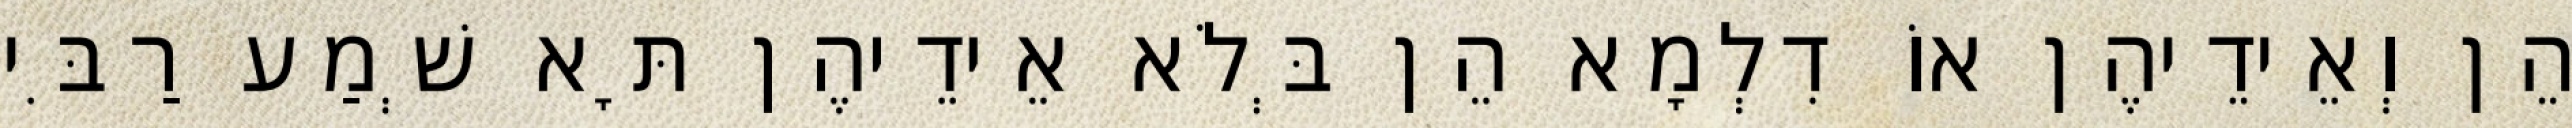
הֵן וְאֵידֵיהֶן אוֹ דִלְמָא הֵן בְּלֹא אֵידֵיהֶן תָּא שְׁמַע רַבִּי